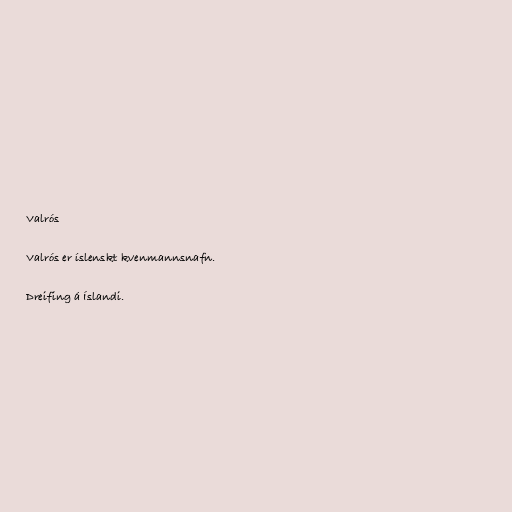
Valrós

Valrós er íslenskt kvenmannsnafn.

Dreifing á Íslandi.